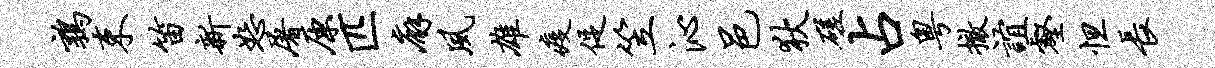
鹑束笛新恕屠原匹廨夙雄疫促笠沁邑狄磋占粤撤谊壑怛长